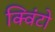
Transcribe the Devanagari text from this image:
क्विंटो